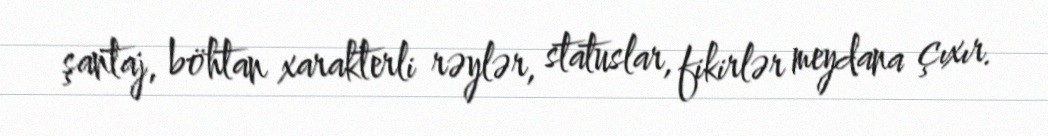
şantaj, böhtan xarakterli rəylər, statuslar, fikirlər meydana çıxır.